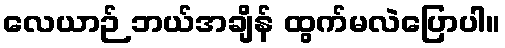
လေယာဉ် ဘယ်အချိန် ထွက်မလဲပြောပါ။